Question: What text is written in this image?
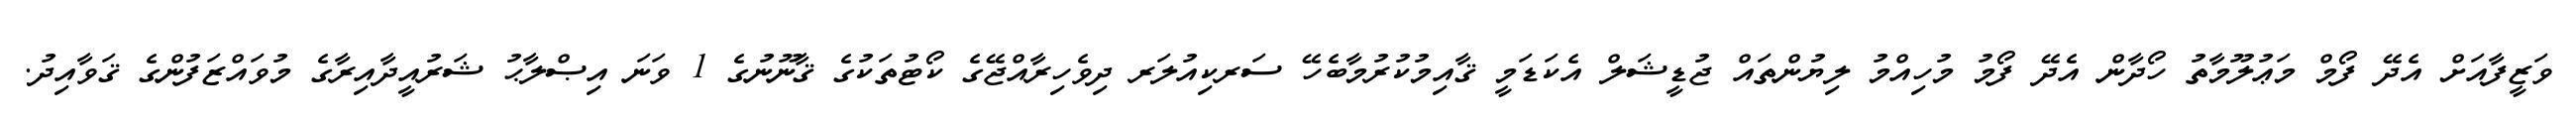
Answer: ވަޒީފާއަށް އެދޭ ފޯމް މަޢުލޫމާތު ހޯދާން އެދޭ ފޯމު މުހިއްމު ލިޔުންތައް ޖުޑީޝަލް އެކަޑަމީ ޤާއިމުކުރުމާބެހޭ ސަރކިއުލަރ ދިވެހިރާއްޖޭގެ ކޯޓުތަކުގެ ޤާނޫނުގެ 1 ވަނަ އިޞްލާޙު ޝަރުއީދާއިރާގެ މުވައްޒަފުންގެ ޤަވާއިދު.